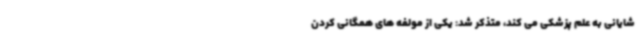
شایانی به علم پزشکی می کند، متذکر شد: یکی از مولفه های همگانی کردن